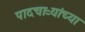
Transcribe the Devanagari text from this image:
पादचाऱ्यांच्या